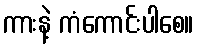
ကားနဲ့ ကံကောင်းပါစေ။